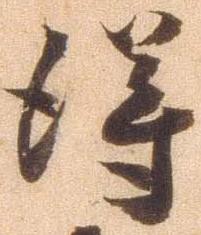
得